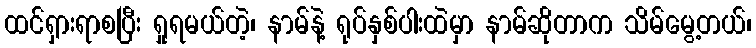
ထင်ရှားရာစပြီး ရှုရမယ်တဲ့၊ နာမ်နဲ့ ရုပ်နှစ်ပါးထဲမှာ နာမ်ဆိုတာက သိမ်မွေ့တယ်၊